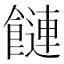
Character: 𩞙